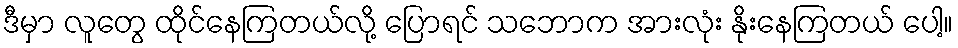
ဒီမှာ လူတွေ ထိုင်နေကြတယ်လို့ ပြောရင် သဘောက အားလုံး နိုးနေကြတယ် ပေါ့။